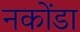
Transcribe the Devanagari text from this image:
नकोंडा